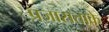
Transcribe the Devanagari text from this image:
प्रजासत्ताके